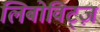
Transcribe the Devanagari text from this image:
लिबोविट्ज़